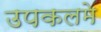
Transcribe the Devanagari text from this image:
उपकलमे